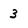
Character: 3